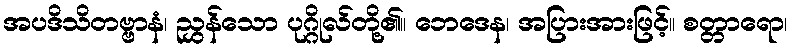
အပဒိသိတဗ္ဗာနံ၊ ညွှန်သော ပုဂ္ဂိုလ်တို့၏။ ဘေဒေန၊ အပြားအားဖြင့်။ စတ္တာရော၊